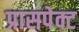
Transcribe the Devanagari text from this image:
प्रासपेक्ट